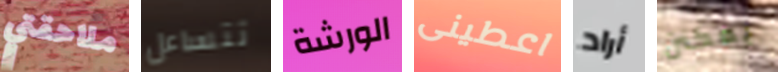
ملاحقتي تتساءل الورشة اعطينى أراد يمكنن